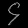
Digit: ၄